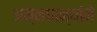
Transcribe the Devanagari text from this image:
अन्नधान्यांने